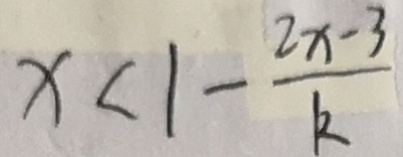
x < 1 - \frac { 2 x - 3 } { k }